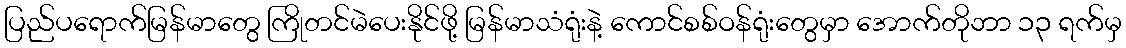
ပြည်ပရောက်မြန်မာတွေ ကြိုတင်မဲပေးနိုင်ဖို့ မြန်မာသံရုံးနဲ့ ကောင်စစ်ဝန်ရုံးတွေမှာ အောက်တိုဘာ ၁၃ ရက်မှ